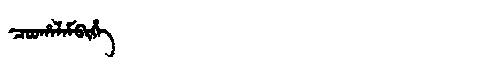
Manchu: ᠴᠣᠣᡥᠠᠯᠠᠮᠪᡳᡥᡝ
Romanization: COOHALAMBIHE